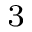
^ { 3 }